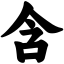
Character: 含